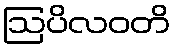
ဩပိလဝတိ